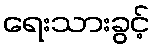
ရေးသားခွင့်